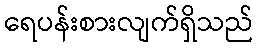
ရေပန်းစားလျက်ရှိသည်